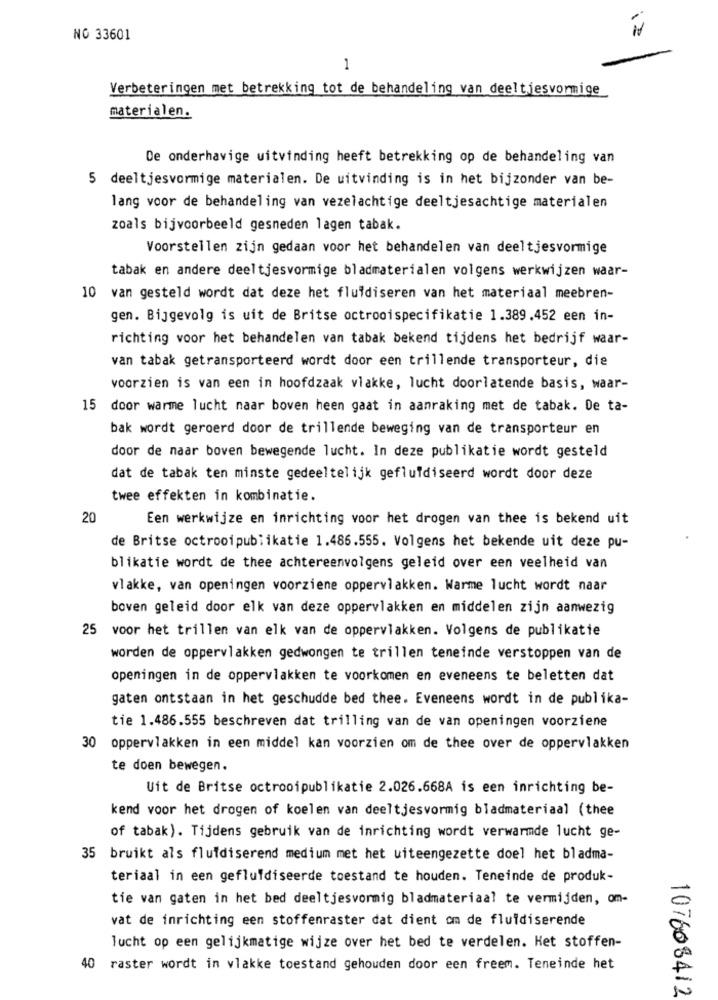
NO 33601
1
Verbeteringen met betrekking tot de behandeling van deeltjesvormige
materialen.
De onderhavige uitvinding heeft betrekking op de behandeling van
5 deeltjesvormige materialen. De uitvinding is in het bijzonder van be-
lang voor de behandeling van vezelachtige deeltjesachtige materialen
zoals bijvoorbeeld gesneden lagen tabak.
Voorstellen zijn gedaan voor het behandelen van deeltjesvormige
tabak en andere deeltjesvormige bladmaterialen volgens werkwijzen waar-
10 van gesteld wordt dat deze het fluidiseren van het materiaal meebren-
gen. Bijgevolg is uit de Britse octrooispecifikatie 1.389.452 een in-
richting voor het behandelen van tabak bekend tijdens het bedrijf waar-
van tabak getransporteerd wordt door een trillende transporteur, die
voorzien is van een in hoofdzaak vlakke, lucht doorlatende basis, waar-
15 door warme lucht naar boven heen gaat in aanraking met de tabak. De ta-
bak wordt geroerd door de trillende beweging van de transporteur en
door de naar boven bewegende lucht. In deze publikatie wordt gesteld
dat de tabak ten minste gedeeltelijk geflufdiseerd wordt door deze
twee effekten in kombinatie.
20
Een werkwijze en inrichting voor het drogen van thee is bekend uit
de Britse octrooipublikatie 1.486.555. Volgens het bekende uit deze pu-
blikatie wordt de thee achtereenvolgens geleid over een veelheid van
vlakke, van openingen voorziene oppervlakken. Warme lucht wordt naar
boven geleid door elk van deze oppervlakken en middelen zijn aanwezig
25 voor het trillen van elk van de oppervlakken. Volgens de publikatie
worden de oppervlakken gedwongen te trillen teneinde verstoppen van de
openingen in de oppervlakken te voorkomen en eveneens te beletten dat
gaten ontstaan in het geschudde bed thee. Eveneens wordt in de publika-
tie 1.486.555 beschreven dat trilling van de van openingen voorziene
30 oppervlakken in een middel kan voorzien om de thee over de oppervlakken
te doen bewegen.
Uit de Britse octrooipublikatie 2.026.668A is een inrichting be-
kend voor het drogen of koelen van deeltjesvormig bladmateriaal (thee
of tabak). Tijdens gebruik van de inrichting wordt verwarmde lucht ge-
35 bruikt als fluidiserend medium met het uiteengezette doel het bladma-
teriaal in een geflufdiseerde toestand te houden. Teneinde de produk-
tie van gaten in het bed deeltjesvormig bladmateriaal te vermijden, om-
vat de inrichting een stoffenraster dat dient om de fluidiserende
lucht op een gelijkmatige wijze over het bed te verdelen. Het stoffen-
40 raster wordt in vlakke toestand gehouden door een freem. Teneinde het
107608412